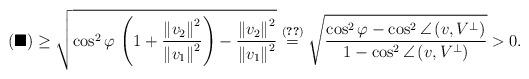
LaTeX: \begin{align*}(\blacksquare)\geq\sqrt{\cos^{2}\varphi\,\left(1+\frac{\left\Vert v_{2}\right\Vert ^{2}}{\left\Vert v_{1}\right\Vert ^{2}}\right)-\frac{\left\Vert v_{2}\right\Vert ^{2}}{\left\Vert v_{1}\right\Vert ^{2}}}\overset{(\ref{eq:useful_identity})}{=}\sqrt{\frac{\cos^{2}\varphi-\cos^{2}\angle\left(v,V^{\bot}\right)}{1-\cos^{2}\angle\left(v,V^{\bot}\right)}}>0\mbox{.}\end{align*}